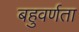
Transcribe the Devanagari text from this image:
बहुवर्णता